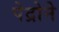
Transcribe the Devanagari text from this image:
पेद्रोने